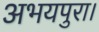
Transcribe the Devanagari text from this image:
अभयपुरा।